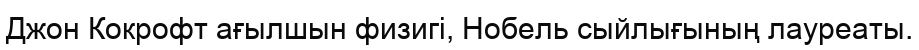
Джон Кокрофт ағылшын физигі, Нобель сыйлығының лауреаты.